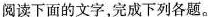
阅读下面的文字完成下列各题。